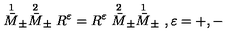
\stackrel { 1 } { \bar { M } } _ { \pm } \stackrel { 2 } { \bar { M } } _ { \pm } R ^ { \varepsilon } = R ^ { \varepsilon } \stackrel { 2 } { \bar { M } } _ { \pm } \stackrel { 1 } { \bar { M } } _ { \pm } \ , \varepsilon = + , - \,